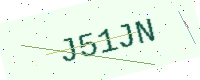
Text: J51JN